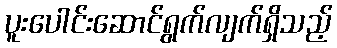
ပူးပေါင်းဆောင်ရွက်လျက်ရှိသည့်